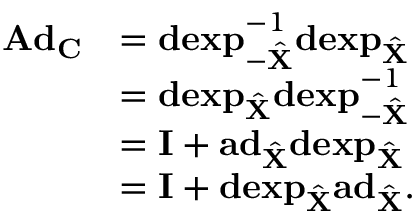
\begin{array} { r l } { \mathbf { A d } _ { \mathbf { C } } } & { = \mathbf { d e x p } _ { - \hat { \mathbf { X } } } ^ { - 1 } \mathbf { d e x p } _ { \hat { \mathbf { X } } } } \\ & { = \mathbf { d e x p } _ { \hat { \mathbf { X } } } \mathbf { d e x p } _ { - \hat { \mathbf { X } } } ^ { - 1 } } \\ & { = \mathbf { I } + \mathbf { a d } _ { \hat { \mathbf { X } } } \mathbf { d e x p } _ { \hat { \mathbf { X } } } } \\ & { = \mathbf { I } + \mathbf { d e x p } _ { \hat { \mathbf { X } } } \mathbf { a d } _ { \hat { \mathbf { X } } } . } \end{array}